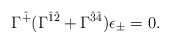
\begin{align*}\Gamma^{\hat +}(\Gamma^{\hat 1\hat 2} + \Gamma^{\hat 3\hat 4})\epsilon_{\pm} = 0.\end{align*}